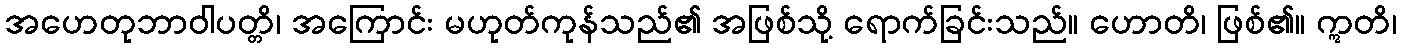
အဟေတုဘာဝါပတ္တိ၊ အကြောင်း မဟုတ်ကုန်သည်၏ အဖြစ်သို့ ရောက်ခြင်းသည်။ ဟောတိ၊ ဖြစ်၏။ ဣတိ၊